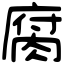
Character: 腐